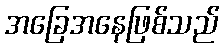
အခြေအနေဖြစ်သည်